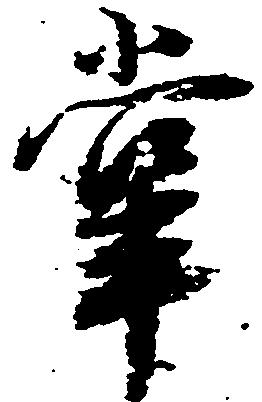
掌